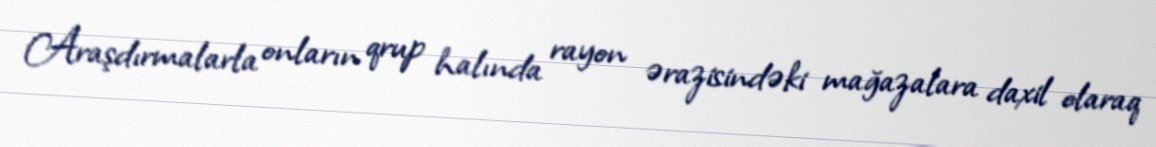
Araşdırmalarla onların qrup halında rayon ərazisindəki mağazalara daxil olaraq